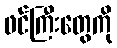
ဖင်ကြီးတွေကို